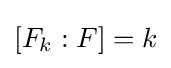
[F_{k}:F]=k